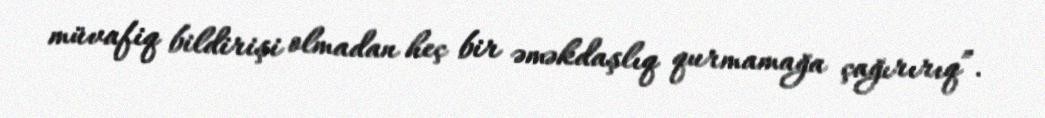
müvafiq bildirişi olmadan heç bir əməkdaşlıq qurmamağa çağırırıq”.